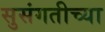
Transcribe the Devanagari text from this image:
सुसंगतीच्या